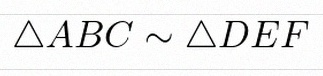
\triangle ABC\sim\triangle DEF